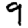
Digit: 9